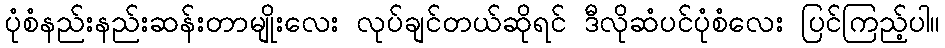
ပုံစံနည်းနည်းဆန်းတာမျိုးလေး လုပ်ချင်တယ်ဆိုရင် ဒီလိုဆံပင်ပုံစံလေး ပြင်ကြည့်ပါ။